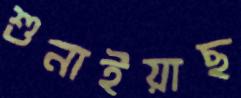
শুনাইয়াছ